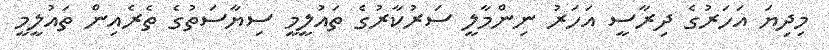
މިދިޔަ އަހަރުގެ ދިރާސީ އަހަރު ނިންމާލީ ސަރުކާރުގެ ތައުލީމީ ސިޔާސަތުގެ ތެރެއިން ތައުލީމީ